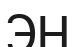
ЭН